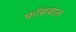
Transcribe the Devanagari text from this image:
फॉसबाल